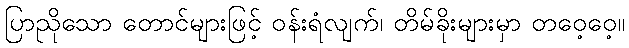
ပြာညိုသော တောင်များဖြင့် ဝန်းရံလျက်၊ တိမ်ခိုးများမှာ တဝေ့ဝေ့။